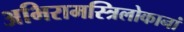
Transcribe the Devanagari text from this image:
अभिरामस्त्रिलोकानां